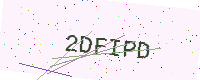
Text: 2DFIPD